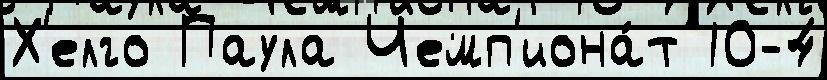
Х'елго Паула Чемп'иона́т 10-4